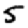
Digit: 5